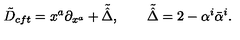
\tilde { D } _ { c f t } = x ^ { a } \partial _ { x ^ { a } } + \tilde { \hat { \Delta } } , \qquad \tilde { \hat { \Delta } } = 2 - \alpha ^ { i } \bar { \alpha } ^ { i } .